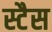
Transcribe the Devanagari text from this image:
स्टैस